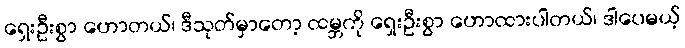
ရှေးဦးစွာ ဟောတယ်၊ ဒီသုတ်မှာတော့ ထမ္ဘကို ရှေးဦးစွာ ဟောထားပါတယ်၊ ဒါပေမယ့်